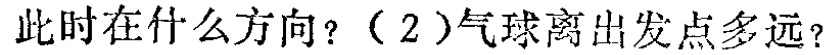
此时在什么方向？（2）气球离出发点多远？